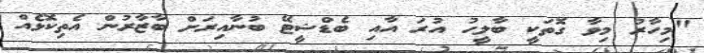
"މިހާރު މިވާ ގޮތަކީ ބާލީހު އުރަ އާއި ބެޑްޝީޓޭ ބުނާއިރަށް ބާޒާރުން އެތިކޮޅެއް